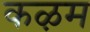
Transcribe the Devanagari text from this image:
कऴम